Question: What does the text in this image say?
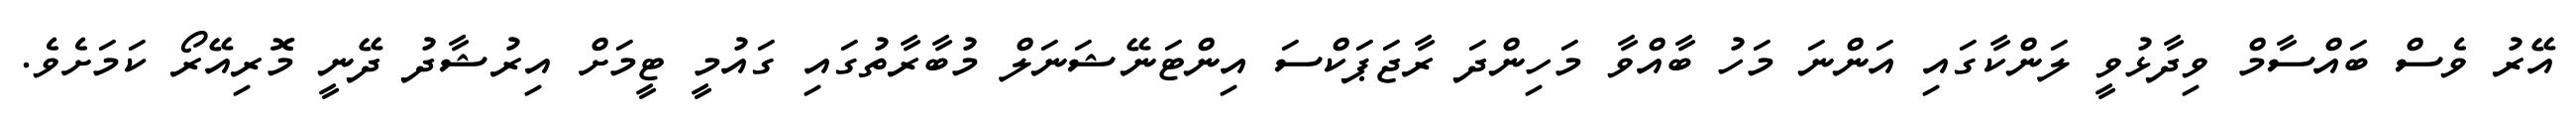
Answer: އޭރު ވެސް ބައްސާމް ވިދާޅުވީ ލަންކާގައި އަންނަ މަހު ބާއްވާ މަހިންދަ ރާޖަޕަކްސަ އިންޓަނޭޝަނަލް މުބާރާތުގައި ގައުމީ ޓީމަށް އިރުޝާދު ދޭނީ މޮރިއޭރޯ ކަމަށެވެ.